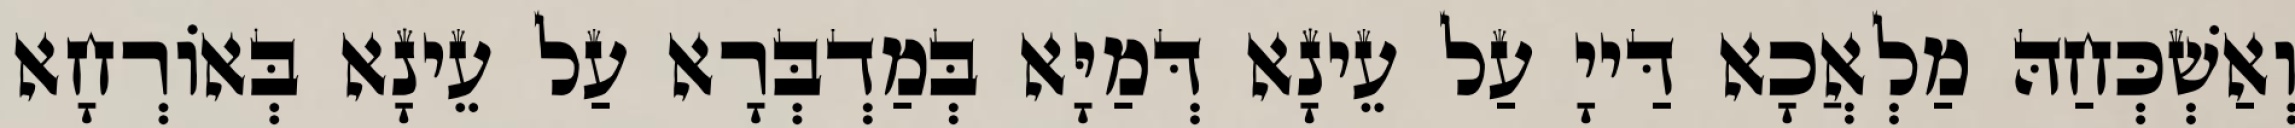
וְאַשְׁכְּחַהּ מַלְאֲכָא דַּייָ עַל עֵינָא דְּמַיָּא בְּמַדְבְּרָא עַל עֵינָא בְּאוֹרְחָא